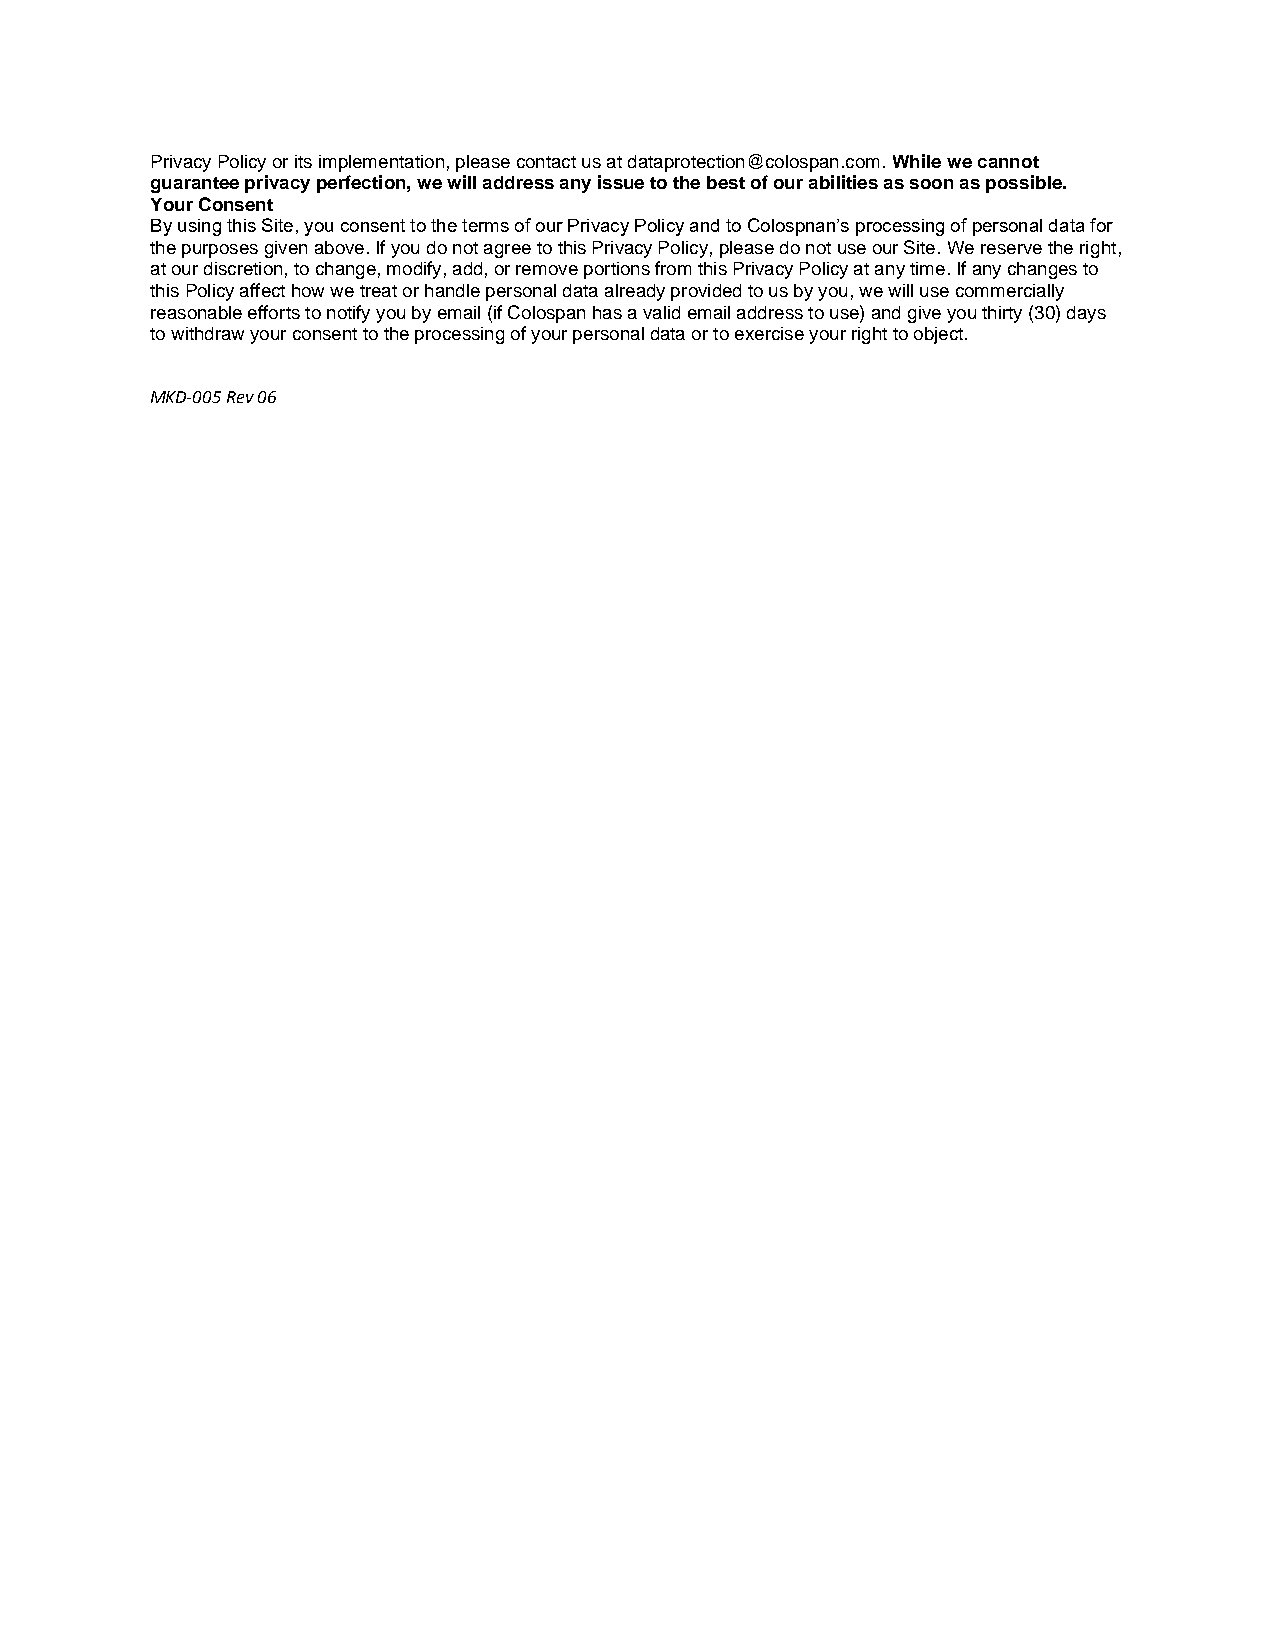
Privacy Policy or its implementation, please contact us at dataprotection@colospan.com. While we cannot
 guarantee privacy perfection, we will address any issue to the best of our abilities as soon as possible.
 Your Consent
 By using this Site, you consent to the terms of our Privacy Policy and to Colospnan’s processing of personal data for
 the purposes given above. If you do not agree to this Privacy Policy, please do not use our Site. We reserve the right,
 at our discretion, to change, modify, add, or remove portions from this Privacy Policy at any time. If any changes to
 this Policy affect how we treat or handle personal data already provided to us by you, we will use commercially
 reasonable efforts to notify you by email (if Colospan has a valid email address to use) and give you thirty (30) days
 to withdraw your consent to the processing of your personal data or to exercise your right to object.
 MKD-005 Rev 06